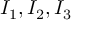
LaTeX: I _ { 1 } , I _ { 2 } , I _ { 3 }